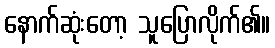
နောက်ဆုံးတော့ သူပြောလိုက်၏။